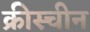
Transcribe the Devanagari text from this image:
क्रीस्चीन